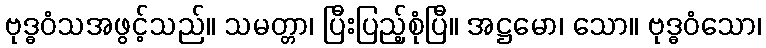
ဗုဒ္ဓဝံသအဖွင့်သည်။ သမတ္တာ၊ ပြီးပြည့်စုံပြီ။ အဋ္ဌမော၊ သော။ ဗုဒ္ဓဝံသော၊